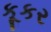
કૂકર